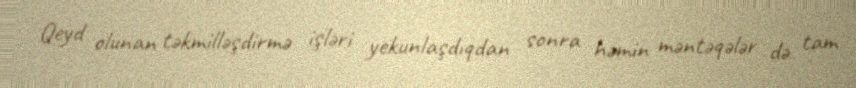
Qeyd olunan təkmilləşdirmə işləri yekunlaşdıqdan sonra həmin məntəqələr də tam